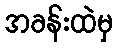
အခန်းထဲမှ